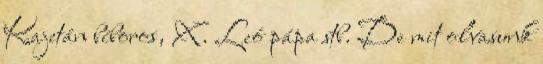
Kajetán bíboros, X. Leó pápa stb. De mit olvasunk